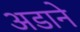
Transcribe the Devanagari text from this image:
अडाने